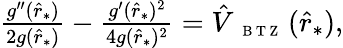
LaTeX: \begin{array}{r}{\frac{g^{\prime\prime}(\hat{r}_{*})}{2g(\hat{r}_{*})}-\frac{g^{\prime}(\hat{r}_{*})^{2}}{4g(\hat{r}_{*})^{2}}=\hat{V}_{\mathrm{~{~\scriptsize~B~T~Z~}~}}(\hat{r}_{*}),}\end{array}